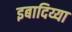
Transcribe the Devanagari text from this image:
इबादिय्या